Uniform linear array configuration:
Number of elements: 32
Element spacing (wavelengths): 0.25
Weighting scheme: exponential
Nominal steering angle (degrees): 60
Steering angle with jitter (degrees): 60.37
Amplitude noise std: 0.05
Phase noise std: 0.05

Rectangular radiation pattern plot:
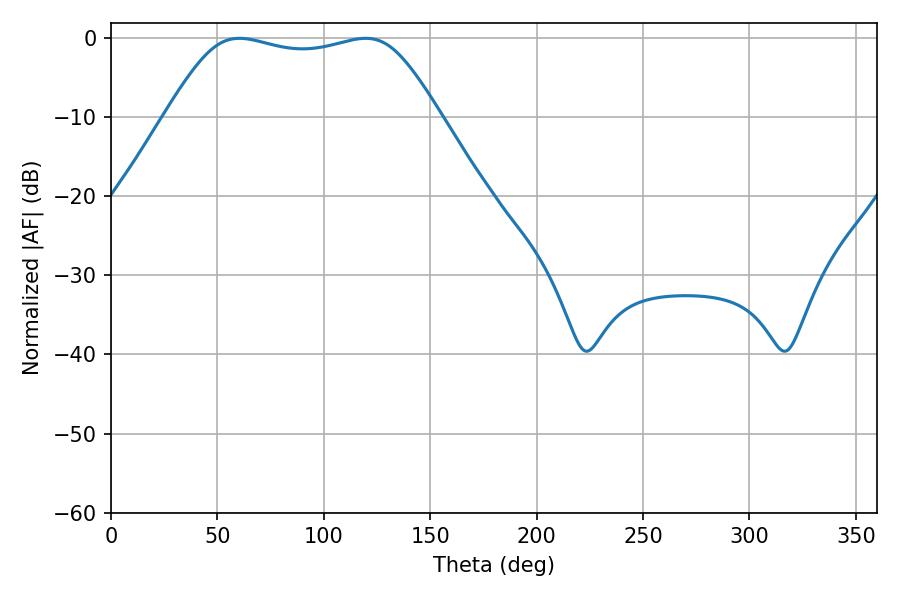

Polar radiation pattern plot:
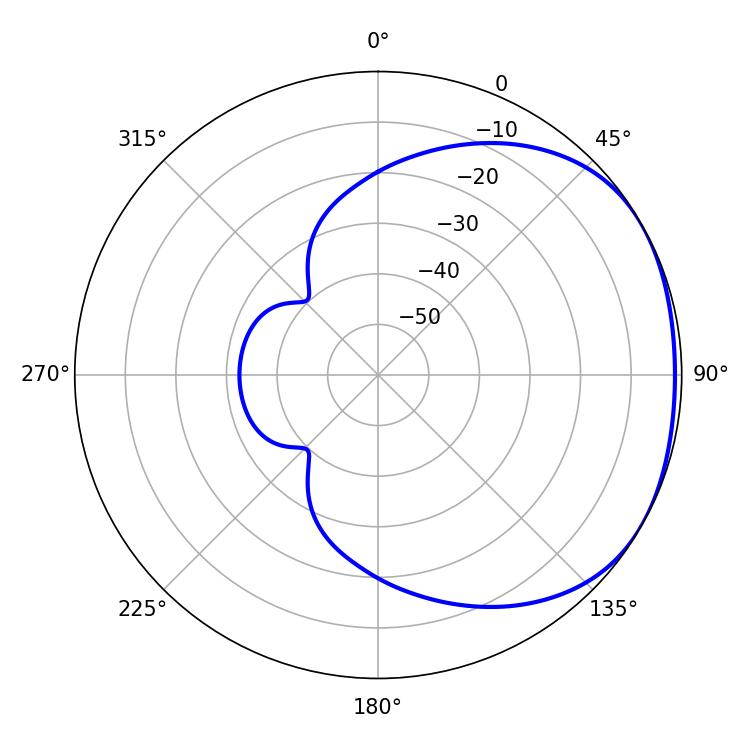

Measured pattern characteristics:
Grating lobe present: FALSE
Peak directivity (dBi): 1.67
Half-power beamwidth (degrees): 96.84
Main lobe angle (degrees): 60.3